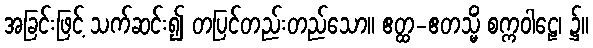
အခြင်းဖြင့် သက်ဆင်း၍ တပြင်တည်းတည်သော။ ဧတ္ထ-ဧတသ္မိံ စက္ကဝါဠေ၊ ၌။